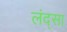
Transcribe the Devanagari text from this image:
लंद्सा